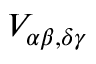
V _ { \alpha \beta , \delta \gamma }